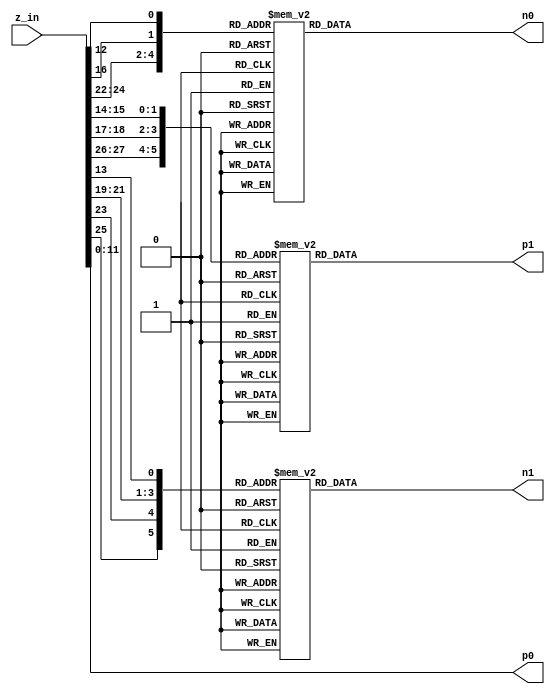
/*******************************************************************
  R_4591 signed reduction directly without using more DSP Slice.
 
  Author: Bo-Yuan Peng       bypeng@crypto.tw
  Copyright 2021 Academia Sinica
 
  Description:
  Table Looking Up Part. Use with the main module.
 
  Version Info:
     Nov.20,2019: 0.1.0 Design ready.
     Dec. 3,2019: 0.2.0 Support for 28-bit signed value.
  This file is part of sntrup761_fcl.

  The RTL is free software: you can redistribute it and/or
  modify it under the terms of the GNU Lesser General Public License
  as published by the Free Software Foundation, either version 2.1 of
  the License, or (at your option) any later version.

  The RTL is distributed in the hope that it will be useful,
  but WITHOUT ANY WARRANTY; without even the implied warranty of
  MERCHANTABILITY or FITNESS FOR A PARTICULAR PURPOSE. See the GNU
  General Public License for more details.

  You should have received a copy of the GNU Lesser General Public
  License along with this program.
  If not, see <https://www.gnu.org/licenses/>.
 *******************************************************************/

module mod4591Svec28 (
    input       [27:0] z_in,
    output      [11:0] p0,
    output reg  [11:0] p1,
    output reg  [11:0] n0,
    output reg  [11:0] n1
) ;

    assign p0 = z_in[11:0];

    always @ (*) begin
        case({ z_in[24], z_in[23], z_in[22], z_in[16], z_in[12] })
            5'h00: n0 = 12'd0;
            5'h01: n0 = 12'd495;
            5'h02: n0 = 12'd3329;
            5'h03: n0 = 12'd3824;
            5'h04: n0 = 12'd1870;
            5'h05: n0 = 12'd2365;
            5'h06: n0 = 12'd608;
            5'h07: n0 = 12'd1103;
            5'h08: n0 = 12'd28;
            5'h09: n0 = 12'd523;
            5'h0a: n0 = 12'd3357;
            5'h0b: n0 = 12'd3852;
            5'h0c: n0 = 12'd1898;
            5'h0d: n0 = 12'd2393;
            5'h0e: n0 = 12'd636;
            5'h0f: n0 = 12'd1131;
            5'h10: n0 = 12'd2889;
            5'h11: n0 = 12'd3384;
            5'h12: n0 = 12'd1627;
            5'h13: n0 = 12'd2122;
            5'h14: n0 = 12'd168;
            5'h15: n0 = 12'd663;
            5'h16: n0 = 12'd3497;
            5'h17: n0 = 12'd3992;
            5'h18: n0 = 12'd2917;
            5'h19: n0 = 12'd3412;
            5'h1a: n0 = 12'd1655;
            5'h1b: n0 = 12'd2150;
            5'h1c: n0 = 12'd196;
            5'h1d: n0 = 12'd691;
            5'h1e: n0 = 12'd3525;
            5'h1f: n0 = 12'd4020;
        endcase
    end

    always @ (*) begin
        case({ z_in[25], z_in[23], z_in[21], z_in[20], z_in[19], z_in[13] })
            6'h00: n1 = 12'd0;
            6'h01: n1 = 12'd990;
            6'h02: n1 = 12'd3677;
            6'h03: n1 = 12'd76;
            6'h04: n1 = 12'd2763;
            6'h05: n1 = 12'd3753;
            6'h06: n1 = 12'd1849;
            6'h07: n1 = 12'd2839;
            6'h08: n1 = 12'd935;
            6'h09: n1 = 12'd1925;
            6'h0a: n1 = 12'd21;
            6'h0b: n1 = 12'd1011;
            6'h0c: n1 = 12'd3698;
            6'h0d: n1 = 12'd97;
            6'h0e: n1 = 12'd2784;
            6'h0f: n1 = 12'd3774;
            6'h10: n1 = 12'd3712;
            6'h11: n1 = 12'd111;
            6'h12: n1 = 12'd2798;
            6'h13: n1 = 12'd3788;
            6'h14: n1 = 12'd1884;
            6'h15: n1 = 12'd2874;
            6'h16: n1 = 12'd970;
            6'h17: n1 = 12'd1960;
            6'h18: n1 = 12'd56;
            6'h19: n1 = 12'd1046;
            6'h1a: n1 = 12'd3733;
            6'h1b: n1 = 12'd132;
            6'h1c: n1 = 12'd2819;
            6'h1d: n1 = 12'd3809;
            6'h1e: n1 = 12'd1905;
            6'h1f: n1 = 12'd2895;
            6'h20: n1 = 12'd1187;
            6'h21: n1 = 12'd2177;
            6'h22: n1 = 12'd273;
            6'h23: n1 = 12'd1263;
            6'h24: n1 = 12'd3950;
            6'h25: n1 = 12'd349;
            6'h26: n1 = 12'd3036;
            6'h27: n1 = 12'd4026;
            6'h28: n1 = 12'd2122;
            6'h29: n1 = 12'd3112;
            6'h2a: n1 = 12'd1208;
            6'h2b: n1 = 12'd2198;
            6'h2c: n1 = 12'd294;
            6'h2d: n1 = 12'd1284;
            6'h2e: n1 = 12'd3971;
            6'h2f: n1 = 12'd370;
            6'h30: n1 = 12'd308;
            6'h31: n1 = 12'd1298;
            6'h32: n1 = 12'd3985;
            6'h33: n1 = 12'd384;
            6'h34: n1 = 12'd3071;
            6'h35: n1 = 12'd4061;
            6'h36: n1 = 12'd2157;
            6'h37: n1 = 12'd3147;
            6'h38: n1 = 12'd1243;
            6'h39: n1 = 12'd2233;
            6'h3a: n1 = 12'd329;
            6'h3b: n1 = 12'd1319;
            6'h3c: n1 = 12'd4006;
            6'h3d: n1 = 12'd405;
            6'h3e: n1 = 12'd3092;
            6'h3f: n1 = 12'd4082;
        endcase
    end

    always @ (*) begin
        case({ z_in[27], z_in[26], z_in[18], z_in[17], z_in[15], z_in[14] })
            6'h00: p1 = 12'd0;
            6'h01: p1 = 12'd2611;
            6'h02: p1 = 12'd631;
            6'h03: p1 = 12'd3242;
            6'h04: p1 = 12'd2524;
            6'h05: p1 = 12'd544;
            6'h06: p1 = 12'd3155;
            6'h07: p1 = 12'd1175;
            6'h08: p1 = 12'd457;
            6'h09: p1 = 12'd3068;
            6'h0a: p1 = 12'd1088;
            6'h0b: p1 = 12'd3699;
            6'h0c: p1 = 12'd2981;
            6'h0d: p1 = 12'd1001;
            6'h0e: p1 = 12'd3612;
            6'h0f: p1 = 12'd1632;
            6'h10: p1 = 12'd2217;
            6'h11: p1 = 12'd237;
            6'h12: p1 = 12'd2848;
            6'h13: p1 = 12'd868;
            6'h14: p1 = 12'd150;
            6'h15: p1 = 12'd2761;
            6'h16: p1 = 12'd781;
            6'h17: p1 = 12'd3392;
            6'h18: p1 = 12'd2674;
            6'h19: p1 = 12'd694;
            6'h1a: p1 = 12'd3305;
            6'h1b: p1 = 12'd1325;
            6'h1c: p1 = 12'd607;
            6'h1d: p1 = 12'd3218;
            6'h1e: p1 = 12'd1238;
            6'h1f: p1 = 12'd3849;
            6'h20: p1 = 12'd157;
            6'h21: p1 = 12'd2768;
            6'h22: p1 = 12'd788;
            6'h23: p1 = 12'd3399;
            6'h24: p1 = 12'd2681;
            6'h25: p1 = 12'd701;
            6'h26: p1 = 12'd3312;
            6'h27: p1 = 12'd1332;
            6'h28: p1 = 12'd614;
            6'h29: p1 = 12'd3225;
            6'h2a: p1 = 12'd1245;
            6'h2b: p1 = 12'd3856;
            6'h2c: p1 = 12'd3138;
            6'h2d: p1 = 12'd1158;
            6'h2e: p1 = 12'd3769;
            6'h2f: p1 = 12'd1789;
            6'h30: p1 = 12'd2374;
            6'h31: p1 = 12'd394;
            6'h32: p1 = 12'd3005;
            6'h33: p1 = 12'd1025;
            6'h34: p1 = 12'd307;
            6'h35: p1 = 12'd2918;
            6'h36: p1 = 12'd938;
            6'h37: p1 = 12'd3549;
            6'h38: p1 = 12'd2831;
            6'h39: p1 = 12'd851;
            6'h3a: p1 = 12'd3462;
            6'h3b: p1 = 12'd1482;
            6'h3c: p1 = 12'd764;
            6'h3d: p1 = 12'd3375;
            6'h3e: p1 = 12'd1395;
            6'h3f: p1 = 12'd4006;
        endcase
    end

endmodule